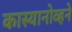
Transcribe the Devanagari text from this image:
कास्यानोव्हने